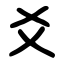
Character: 爻